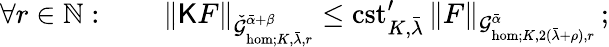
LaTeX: \forall r\in\mathbb{N}:\qquad\| \mathsf{K}F\| _{\check{\mathcal{G}}_{\mathrm{hom};K,\bar{\lambda},r}^{\bar{\alpha}+\beta}}\le\mathrm{cst}_{K,\bar{\lambda}}^{\prime}\, \| F\| _{\mathcal{G}_{\mathrm{hom};K,2(\bar{\lambda}+\rho),r}^{\bar{\alpha}}}\, ;